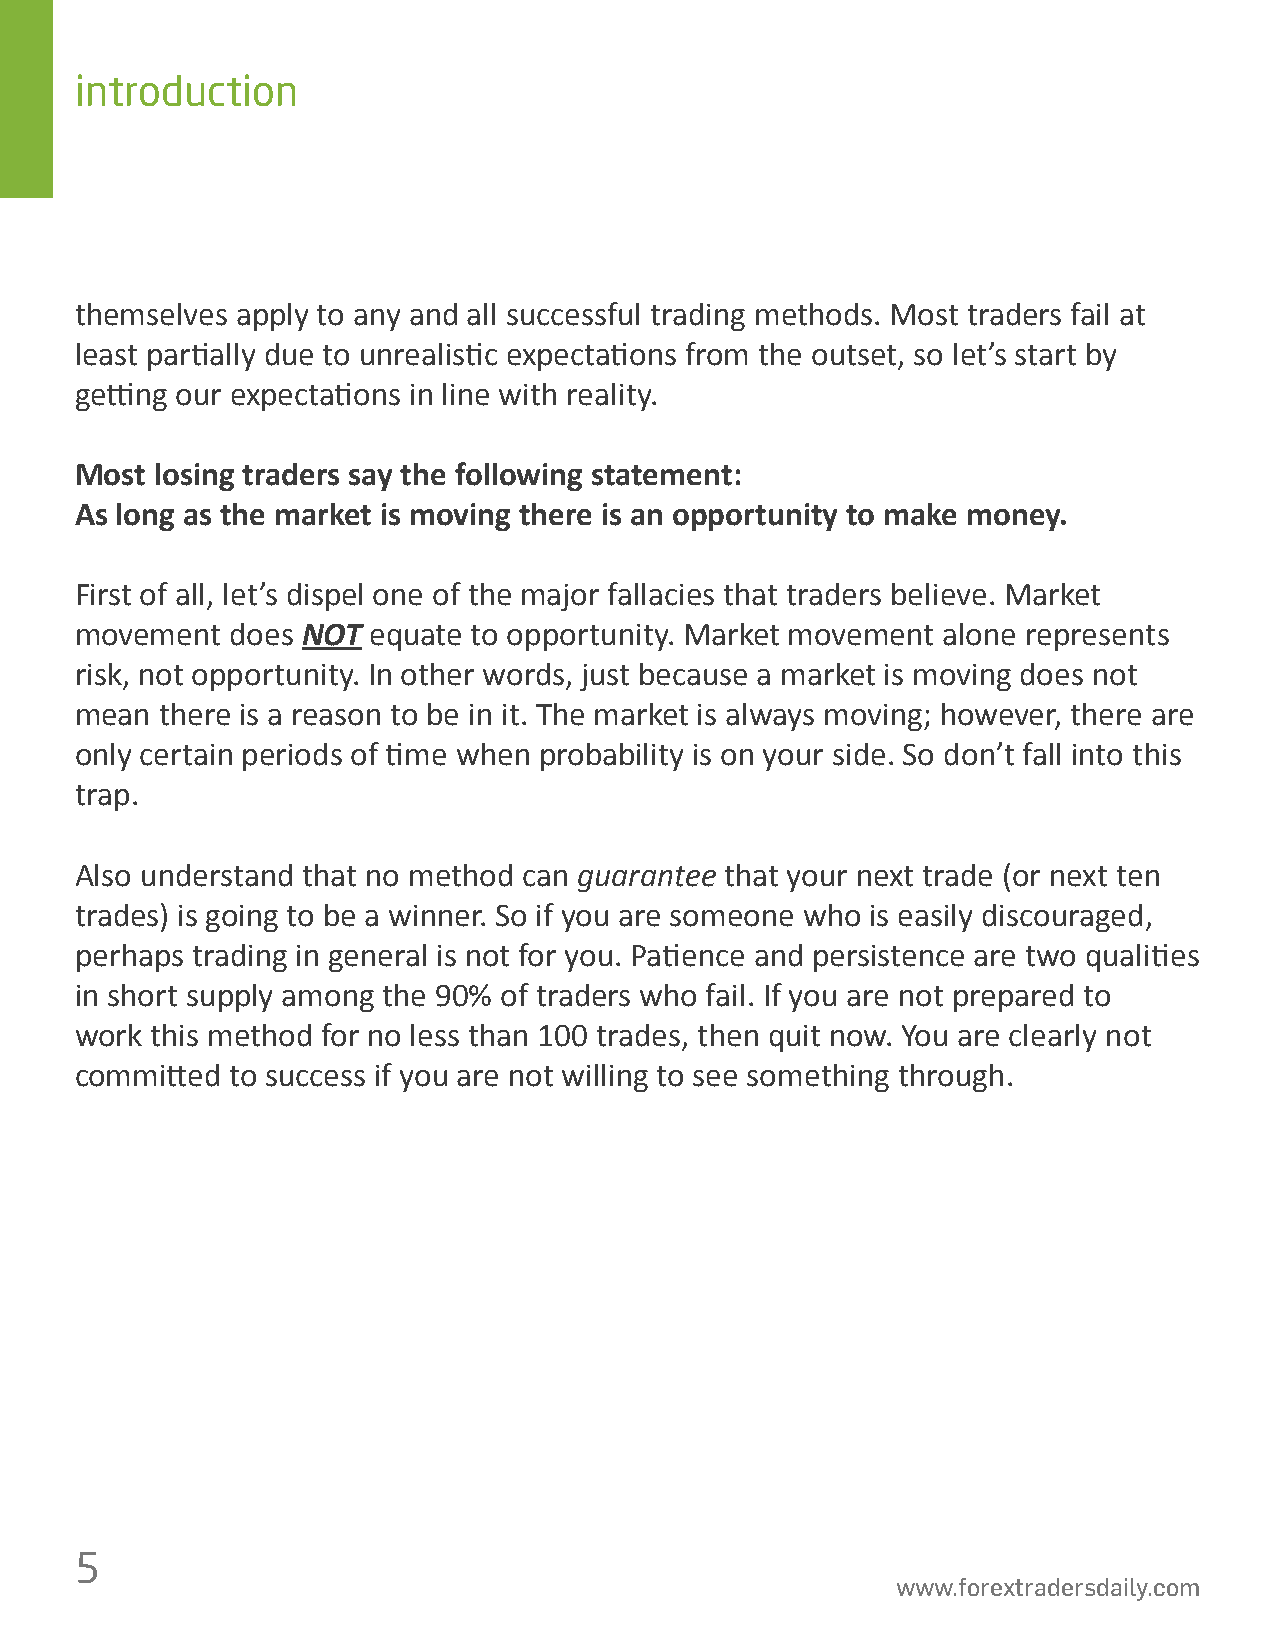
introduction
 themselves apply to any and all successful trading methods. Most traders fail at
 least par琀椀ally due to unrealis琀椀c expecta琀椀ons from the outset, so let’s start by
 ge琀ng  our expecta琀椀ons in line with reality.
 Most losing traders say the following statement:
 As long as the market is moving there is an opportunity to make money.
 First of all, let’s dispel one of the major fallacies that traders believe. Market
 movement  does NOT equate to opportunity. Market movement alone represents
 risk, not opportunity. In other words, just because a market is moving does not
 mean  there is a reason to be in it. The market is always moving; however, there are
 only certain periods of 琀椀me when probability is on your side. So don’t fall into this
 trap.
 Also understand that no method can guarantee that your next trade (or next ten
 trades) is going to be a winner. So if you are someone who is easily discouraged,
 perhaps trading in general is not for you. Pa琀椀ence and persistence are two quali琀椀es
 in short supply among the 90% of traders who fail. If you are not prepared to
 work this method for no less than 100 trades, then quit now. You are clearly not
 commi琀琀ed to success if you are not willing to see something through.
 5
 www.forextradersdaily.com